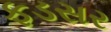
ફડસર